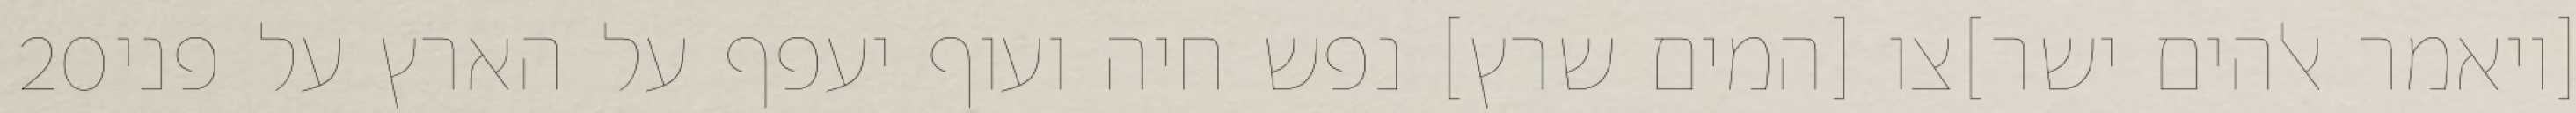
‎20‏ [ויאמר אלהים ישר]צו [המים שרץ] נפש חיה ועוף יעפף על הארץ על פני